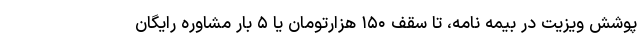
پوشش ویزیت در بیمه نامه، تا سقف ۱۵۰ هزارتومان یا ۵ بار مشاوره رایگان